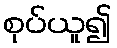
စုပ်ယူ၍